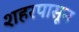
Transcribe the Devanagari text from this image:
शहरपासून